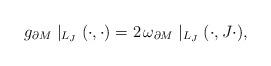
LaTeX: \begin{align*}g_{\partial M}\mid_{L_J}(\cdot,\cdot)=2\,\omega_{\partial M}\mid_{L_J}(\cdot,J\cdot),\end{align*}